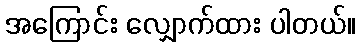
အကြောင်း လျှောက်ထား ပါတယ်။